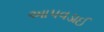
આપવડાઈ